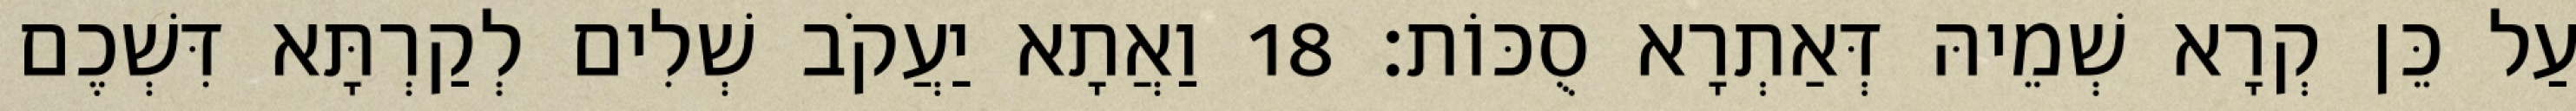
עַל כֵּן קְרָא שְׁמֵיהּ דְּאַתְרָא סֻכּוֹת׃ 18 וַאֲתָא יַעֲקֹב שְׁלִים לְקַרְתָּא דִּשְׁכֶם